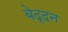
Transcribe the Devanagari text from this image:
बेद्दन